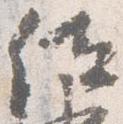
位